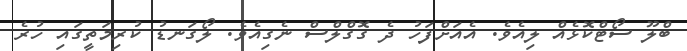
ބްލޫ ސޯޓްކޮޅެއް ލިއެވެ. އެއަށްފަހު ދެ ގޮގްލްސް ނެގިއެވެ. ލޯގަނޑު ކުރިމަތީގައި ހުރެ